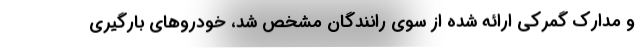
و مدارک گمرکی ارائه شده از سوی رانندگان مشخص شد، خودروهای بارگیری